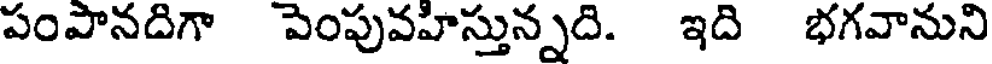
పంపానదిగా పెంపువహిస్తున్నది. ఇది భగవానుని